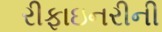
રીફાઇનરીની